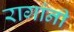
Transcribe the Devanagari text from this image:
रागांनी